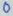
Text: 0